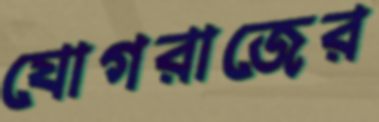
যোগরাজের